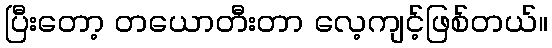
ပြီးတော့ တယောတီးတာ လေ့ကျင့်ဖြစ်တယ်။